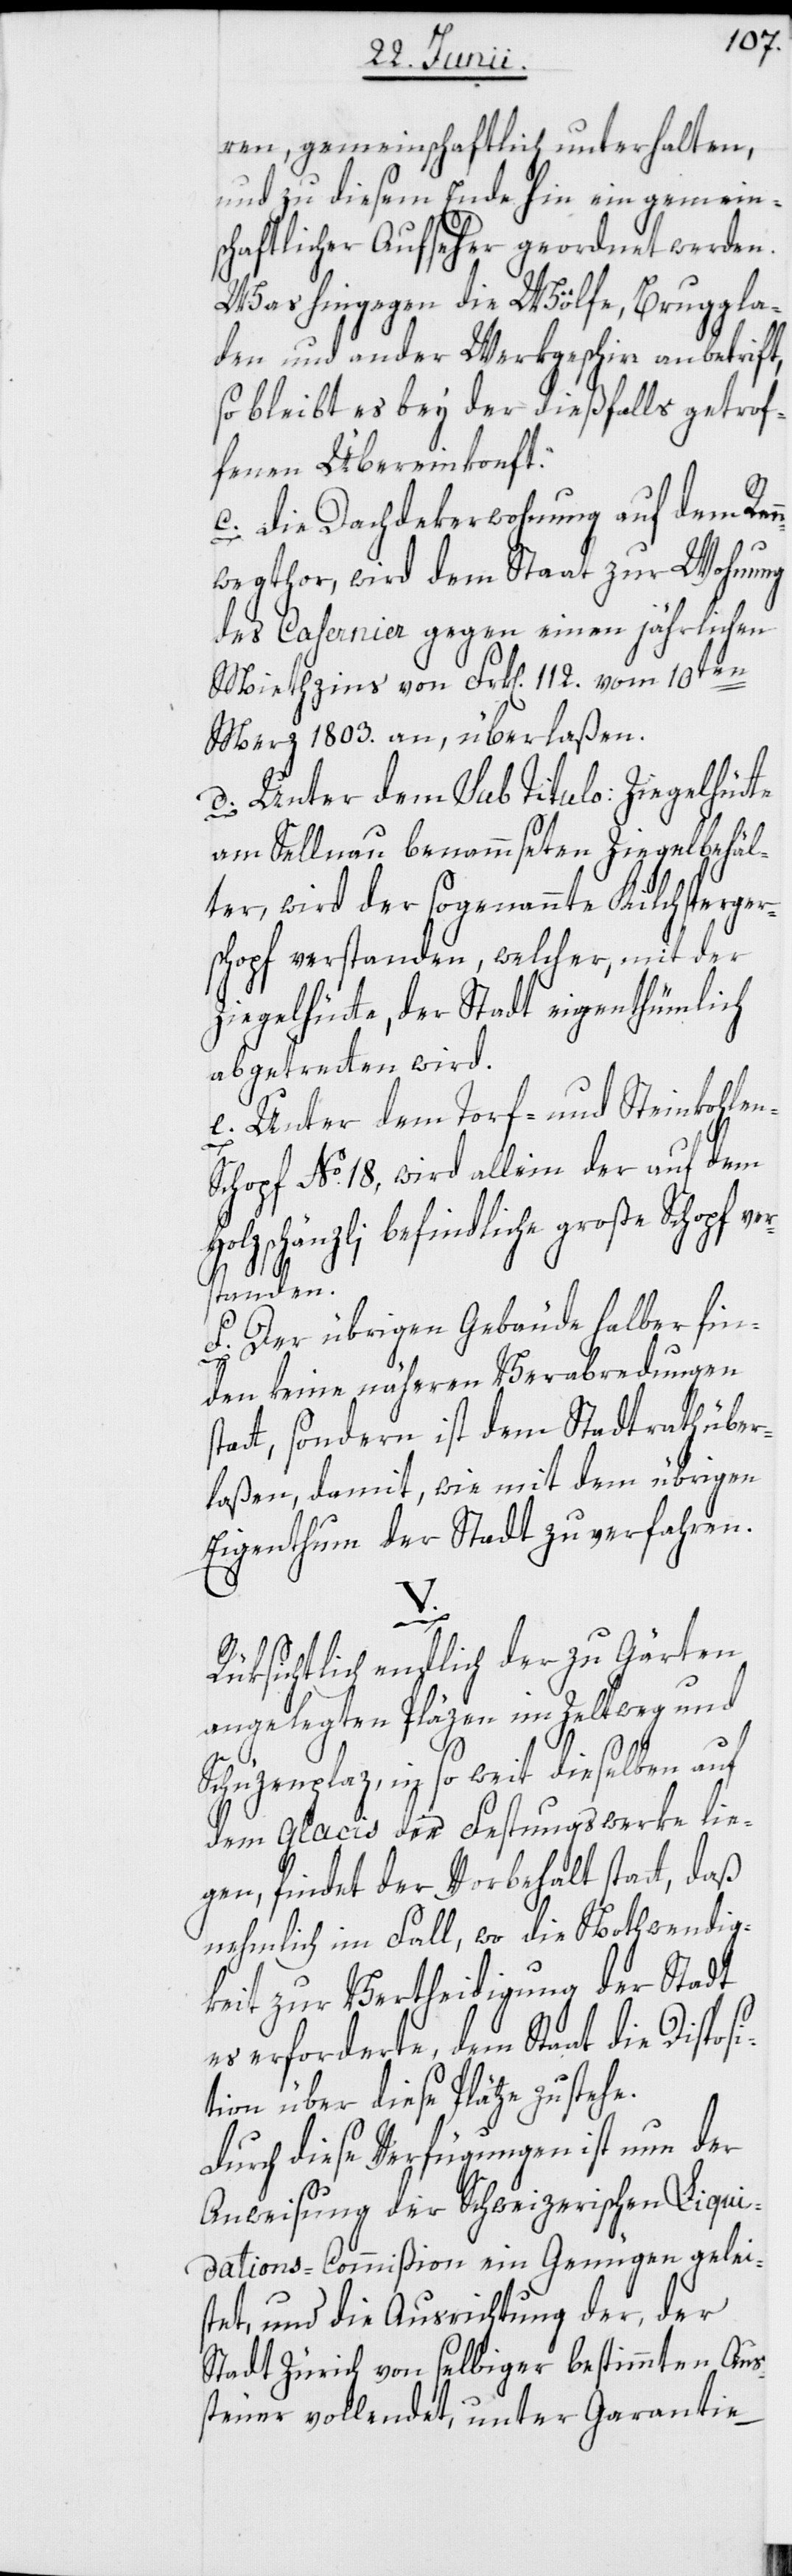
ren, gemeinschaftlich unterhalten,
und zu diesem Ende hin ein gemein¬
schaftlicher Aufseher geordnet werden.
Was hingegen die Wölfe, Bruggla¬
den und ander Werkgeschirr anbetrift,
so bleibt es bey der dießfalls getrof¬
fenen Übereinkonft.
c. Die Dachdekerwohnung auf dem Ren¬
nwegthor, wird dem Staat zur Wohnung
des Casernier gegen einen jährlichen
Miethzins von Frk[en]. 112. vom 10ten
Merz 1803. an, überlaßen.
d. Unter dem sub Titulo: Ziegelhütte
am Sellnau benammseten Ziegelbehäl¬
ter, wird der sogenannte Kilchsperger¬
schopf verstanden, welcher, mit der
Ziegelhütte, der Stadt eigenthümlich
abgetretten wird.
e. Unter dem Torf- und Steinkohle¬
n-S¬
chopf No. 18, wird allein der auf dem
Holzschänzli befindliche große Schopf ve¬
rstanden.
f. Der übrigen Gebäude halber fin¬
den keine näheren Verabredungen
att, sondern ist dem Stadtrath über¬
laßen, damit, wie mit dem übrigen
Eigenthum der Stadt zu verfahren.
V.
Rüksichtlich endlich der zu Gärten
angelegten Pläzen im Zeltweg und
Schüzenplaz, in so weit dieselben auf
dem Glacis der Festungswerke lie¬
gen, findet der Vorbehalt statt, daß
nehmlich im Fall, wo die Nothwendig¬
keit zur Vertheidigung der Stadt
es erforderte, dem Staat die Disposi¬
tion über diese Plätze zustehe.
Durch diese Verfügungen ist nun der
Anweisung der Schweizerischen Liqui¬
dations-Commißion ein Genügen geleis¬
tet, und die Ausrichtung der, der
Stadt Zürich von selbiger bestimmten Aus¬
steuer vollendet, unter Garantie